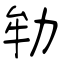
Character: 劺